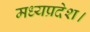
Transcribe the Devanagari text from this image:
मध्‍यप्रदेश।